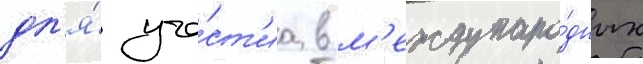
дл'я́ уча́ст'иа в м'еждунаро́дных